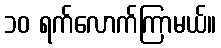
၁၀ ရက်လောက်ကြာမယ်။